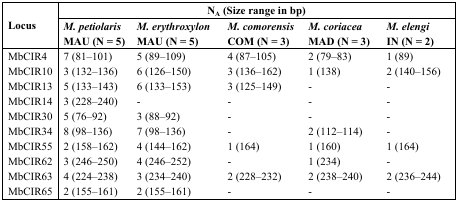
<table><thead><tr><td rowspan="3"><b>Locus</b></td><td colspan="5"><b>N<sub>A</sub> (Size range in bp)</b></td></tr><tr><td><b><i>M. petiolaris</i></b></td><td><b><i>M. erythroxylon</i></b></td><td><b><i>M. comorensi</i><i>s</i></b></td><td><b><i>M. coriacea</i></b></td><td><b><i>M. elengi</i></b></td></tr><tr><td><b>MAU (N = 5)</b></td><td><b>MAU (N = 5)</b></td><td><b>COM (N = 3)</b></td><td><b>MAD (N = 3)</b></td><td><b>IN (N = 2)</b></td></tr></thead><tbody><tr><td>MbCIR4</td><td>7 (81–101)</td><td>5 (89–109)</td><td>4 (87–105)</td><td>2 (79–83)</td><td>1 (89)</td></tr><tr><td>MbCIR10</td><td>3 (132–136)</td><td>6 (126–150)</td><td>3 (136–162)</td><td>1 (138)</td><td>2 (140–156)</td></tr><tr><td>MbCIR13</td><td>5 (133–143)</td><td>6 (133–153)</td><td>3 (125–149)</td><td>-</td><td>-</td></tr><tr><td>MbCIR14</td><td>3 (228–240)</td><td>-</td><td>-</td><td>-</td><td>-</td></tr><tr><td>MbCIR30</td><td>5 (76–92)</td><td>3 (88–92)</td><td>-</td><td>-</td><td>-</td></tr><tr><td>MbCIR34</td><td>8 (98–136)</td><td>7 (98–136)</td><td>-</td><td>2 (112–114)</td><td>-</td></tr><tr><td>MbCIR55</td><td>2 (158–162)</td><td>4 (144–162)</td><td>1 (164)</td><td>1 (160)</td><td>1 (164)</td></tr><tr><td>MbCIR62</td><td>3 (246–250)</td><td>4 (246–252)</td><td>-</td><td>1 (234)</td><td>-</td></tr><tr><td>MbCIR63</td><td>4 (224–238)</td><td>3 (234–240)</td><td>2 (228–232)</td><td>2 (238–240)</td><td>2 (236–244)</td></tr><tr><td>MbCIR65</td><td>2 (155–161)</td><td>2 (155–161)</td><td>-</td><td>-</td><td>-</td></tr></tbody></table>